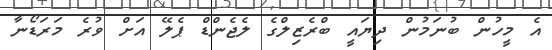
އެ މީހުން ބުނަމުން ދިޔައީ ބްރެޒިލްގެ ލެޖެންޑް ޕެލޭ އަށް ވުރެ މަރަޑޯނާ